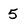
Character: 5